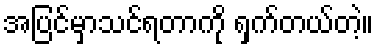
အပြင်မှာသင်ရတာကို ရှက်တယ်တဲ့။